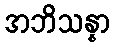
အဘိသန္နာ